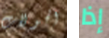
الجولات إذا